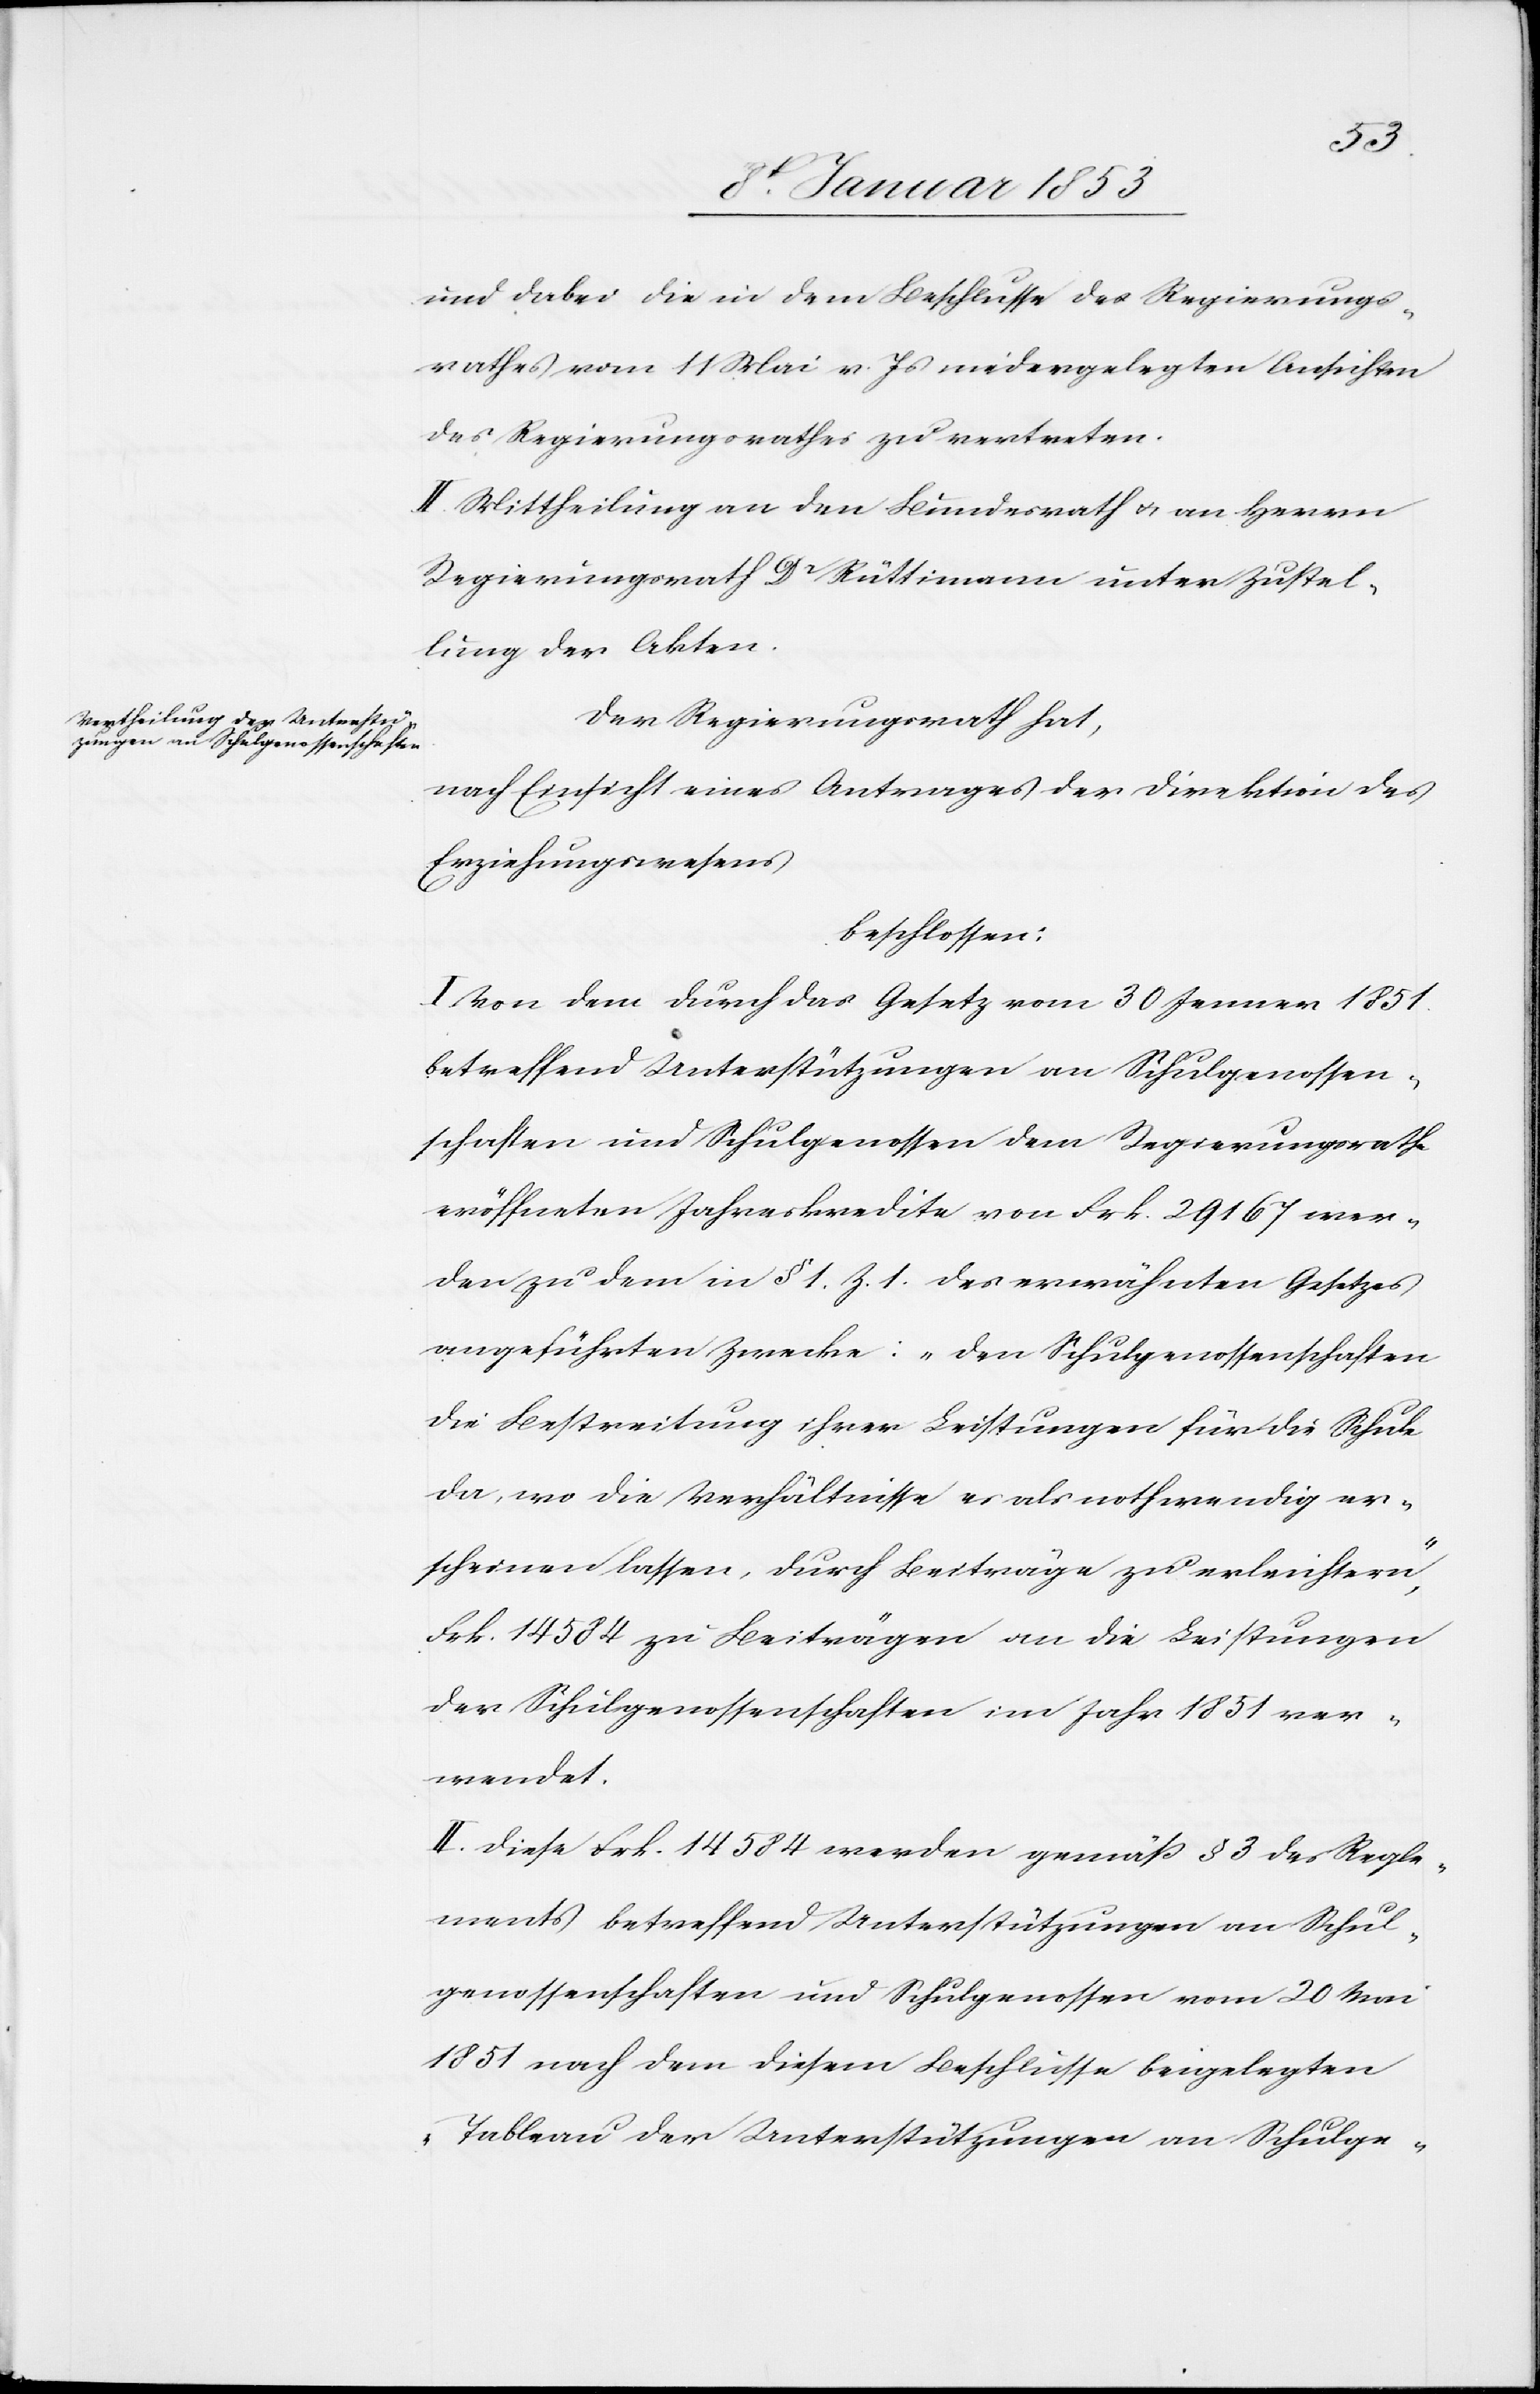
und dabei die in dem Beschlusse des Regierungs¬
rathes vom 11 Mai v. Js. niedergelegten Ansichten
des Regierungsrathes zu vertreten.
II. Mittheilung an den Leumdensrath u. an Herrn
Regierungsrath Dr. Rüttimann unter Zustel¬
lung der Akten.
Der Regierungsrath hat,
nach Einsicht eines Antrages der Direktion des
Erziehungswesen
beschlossen:
I. Von dem durch das Gesetz vom 30 Jenner 1851
betreffend Unterstützungen an Schulgenossen¬
schaften und Schulgenossen dem Regierungsrathe
eröffneten Jahreskredite von Frk. 29167. wer¬
den zu dem in § 1 Z. 1. des erwähnten Gesetzes
angeführten Zwecke: „der Schulgenossenschaften
die Bestreitung ihrer Leistungen für die Schule
da, wo die Verhältnisse es als nothwendig er¬
scheinen lassen, durch Beiträge zu erleichtern“,
Frk. 14584 zu Beiträgen an die Leistungen
der Schulgenossenschaft im Jahr 1851 ver¬
wendet.
II. Diese Frk. 14584 werden gemäss § 3 des Regle¬
ments betreffend Unterstützungen an Schul¬
genossenschaften und Schulgenossen vom 20 Mai
1851 nach dem diesem Beschlusse beigelegten
Tableau der Unterstützungen an Schulge-